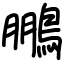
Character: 鵬